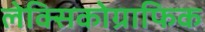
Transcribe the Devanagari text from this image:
लेक्सिकोग्राफिक